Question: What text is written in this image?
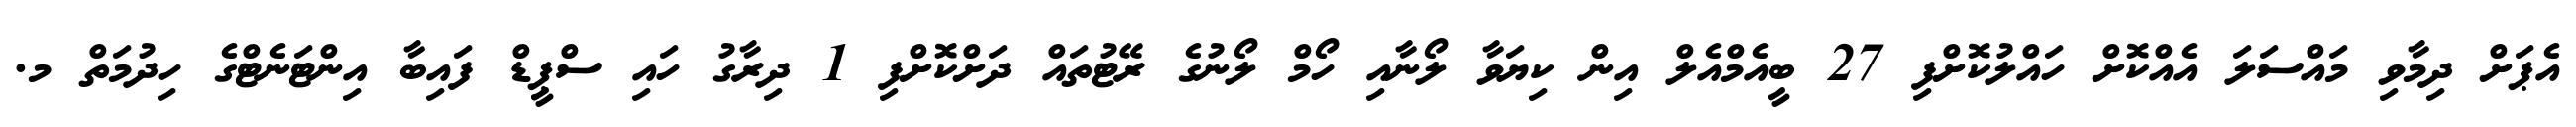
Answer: އެޕަށް ދިމާވި މައްސަލަ އެއްކޮށް ހައްލުކޮށްފި 27 ބީއެމްއެލް އިން ކިޔަވާ ލޯނާއި ހޯމް ލޯނުގެ ރޭޓުތައް ދަށްކޮށްފި 1 ދިރާގު ހައި ސްޕީޑް ފައިބާ އިންޓަނެޓްގެ ހިދުމަތް މ.